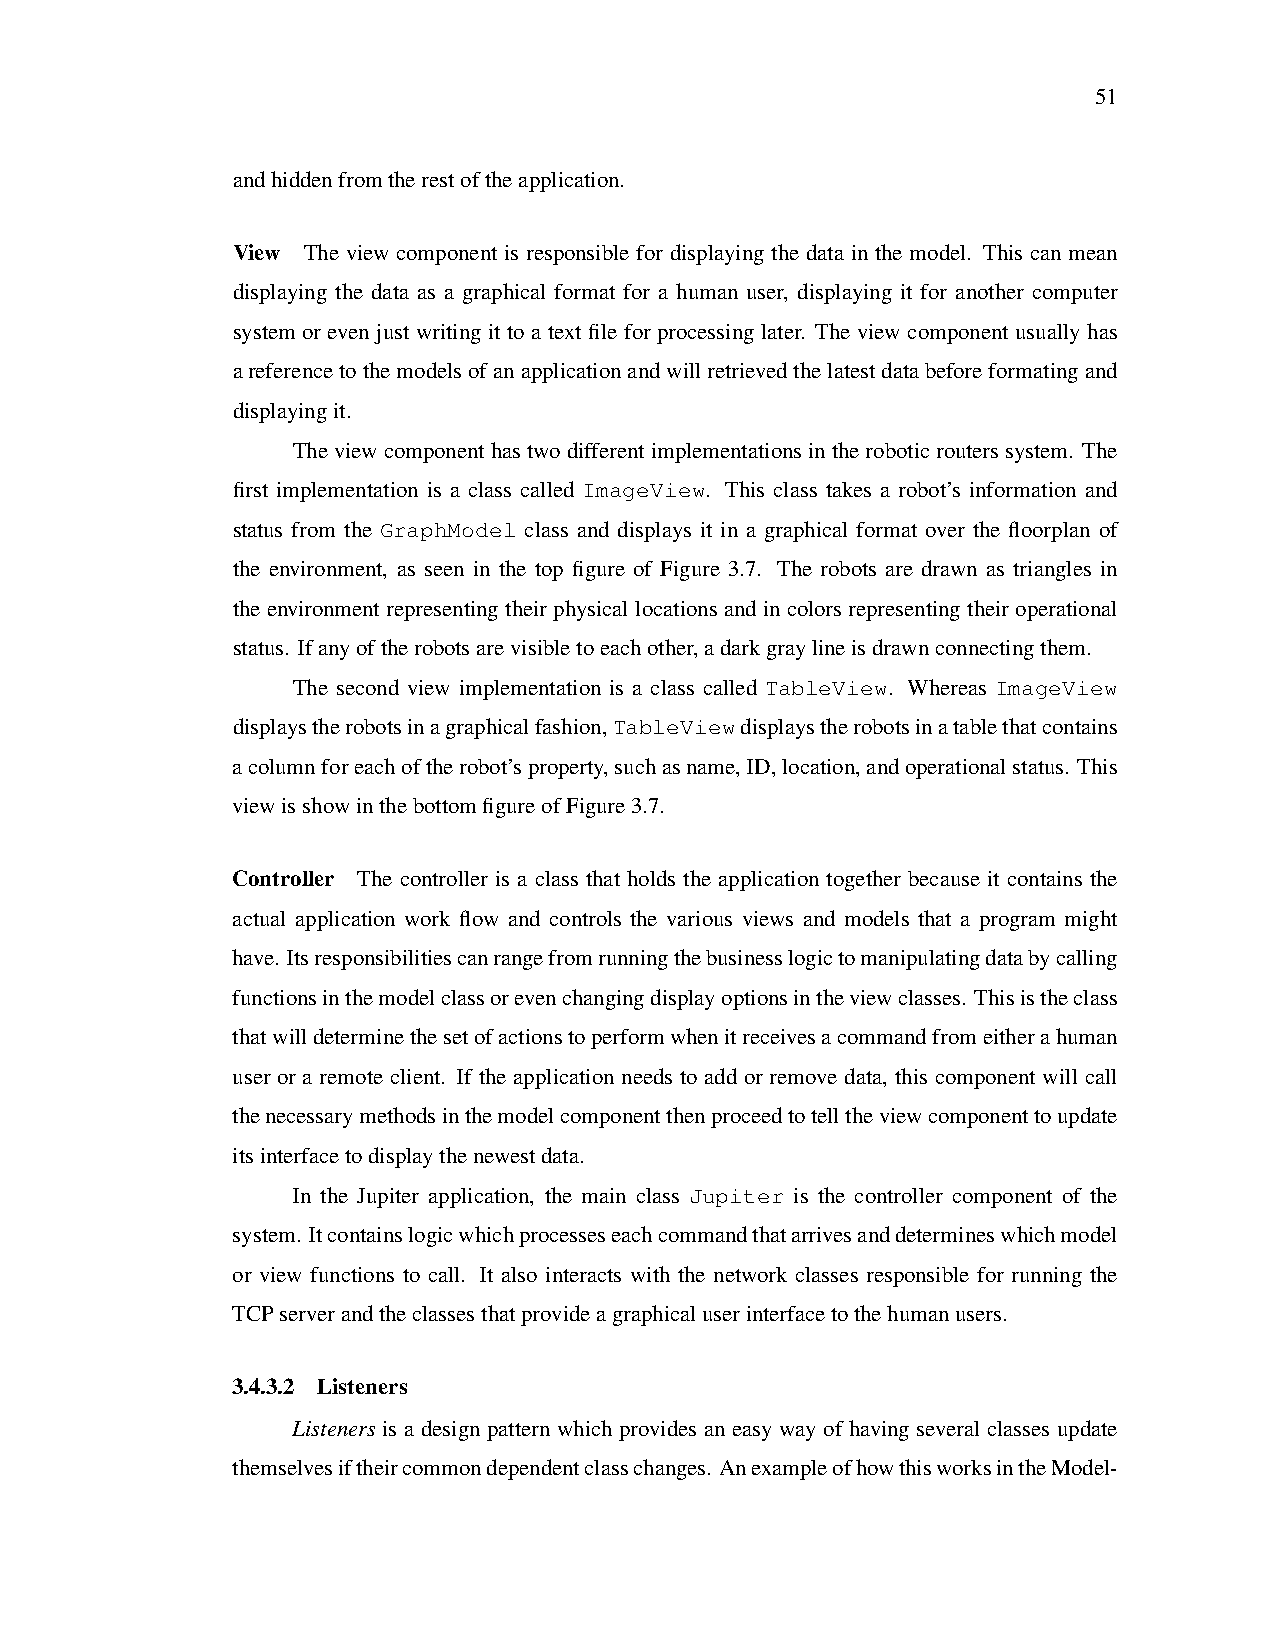
51
 andhiddenfromtherestoftheapplication.
 View The view component is responsible for displaying the data in the model. This can mean
 displaying the data as a graphical format for a human user, displaying it for another computer
 system or even just writing it to a text file for processing later. The view component usually has
 areferencetothemodelsofanapplicationandwillretrievedthelatestdatabeforeformatingand
 displayingit.
 Theviewcomponenthastwodifferentimplementationsintheroboticrouterssystem. The
 first implementation is a class called ImageView. This class takes a robot’s information and
 status from the GraphModel class and displays it in a graphical format over the floorplan of
 the environment, as seen in the top figure of Figure 3.7. The robots are drawn as triangles in
 the environment representing their physical locations and in colors representing their operational
 status. Ifanyoftherobotsarevisibletoeachother,adarkgraylineisdrawnconnectingthem.
 The second view implementation is a class called TableView. Whereas ImageView
 displaystherobotsinagraphicalfashion,TableViewdisplaystherobotsinatablethatcontains
 acolumnforeachoftherobot’sproperty,suchasname,ID,location,andoperationalstatus. This
 viewisshowinthebottomfigureofFigure3.7.
 Controller The controller is a class that holds the application together because it contains the
 actual application work flow and controls the various views and models that a program might
 have. Itsresponsibilitiescanrangefromrunningthebusinesslogictomanipulatingdatabycalling
 functionsinthemodelclassorevenchangingdisplayoptionsintheviewclasses. Thisistheclass
 thatwilldeterminethesetofactionstoperformwhenitreceivesacommandfromeitherahuman
 user or a remote client. If the application needs to add or remove data, this component will call
 thenecessarymethodsinthemodelcomponentthenproceedtotelltheviewcomponenttoupdate
 itsinterfacetodisplaythenewestdata.
 In the Jupiter application, the main class Jupiter is the controller component of the
 system. Itcontainslogicwhichprocesseseachcommandthatarrivesanddetermineswhichmodel
 or view functions to call. It also interacts with the network classes responsible for running the
 TCPserverandtheclassesthatprovideagraphicaluserinterfacetothehumanusers.
 3.4.3.2 Listeners
 Listeners is a design pattern which provides an easy way of having several classes update
 themselvesiftheircommondependentclasschanges. AnexampleofhowthisworksintheModel-